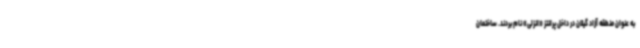
به عنوان منطقه آزاد گیلان در داخل پرانتز «انزلی» نام بردند. ساختمان